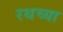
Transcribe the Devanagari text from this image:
रथच्या